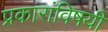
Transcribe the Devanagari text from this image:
प्रकारांविषयी